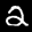
Label: 2